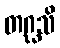
တဂ္ဃသိ